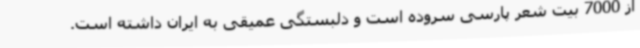
از 7000 بیت شعر پارسی سروده است و دلبستگی عمیقی به ایران داشته است.